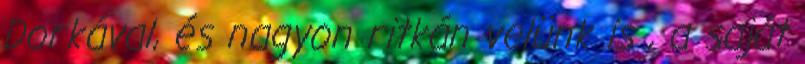
Dorkával, és nagyon ritkán velünk is , a saját